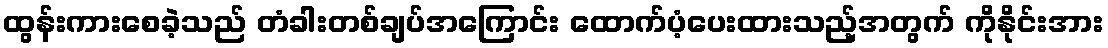
ထွန်းကားစေခဲ့သည် တံခါးတစ်ချပ်အကြောင်း ထောက်ပံ့ပေးထားသည့်အတွက် ကိုနိုင်းအား